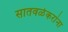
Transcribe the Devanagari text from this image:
सातवळेकरांना